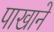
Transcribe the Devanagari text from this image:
पाखाने